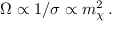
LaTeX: \Omega \propto 1 / \sigma \propto m _ { \chi } ^ { 2 } \, .